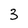
Character: 3